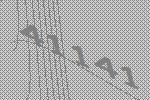
41141